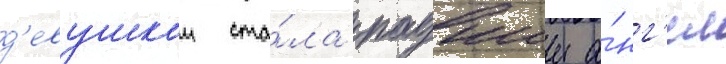
д'евушкои ста́ла падшии а́нг'ел